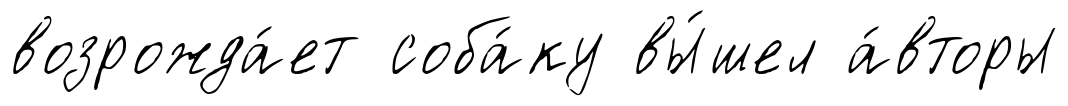
возрожда́ет соба́ку вы́шел а́вторы